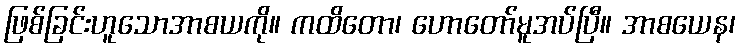
ဖြစ်ခြင်းဟူသောအာစယကို။ ကထိတော၊ ဟောတော်မူအပ်ပြီ။ အာစယေန၊